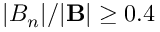
| B _ { n } | / | \mathbf { B } | \geq 0 . 4